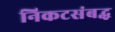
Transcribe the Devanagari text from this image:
निकटसंबद्ध